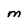
Character: M